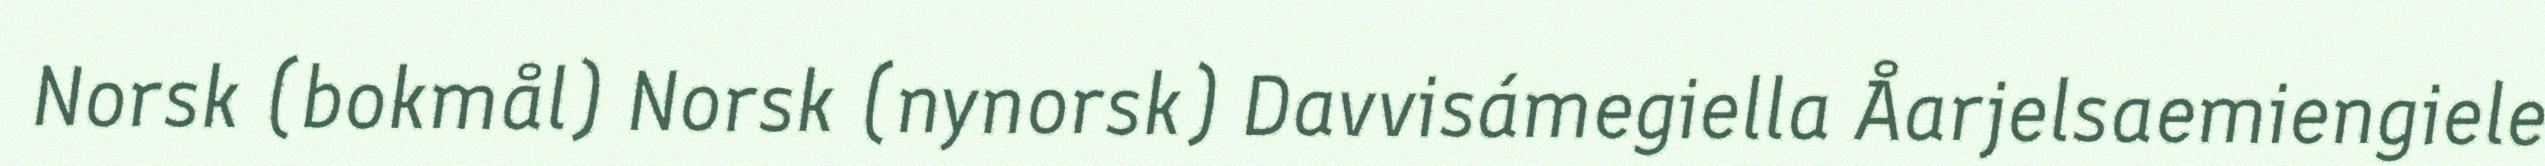
Norsk (bokmål) Norsk (nynorsk) Davvisámegiella Åarjelsaemiengiele